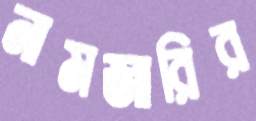
নামজারির